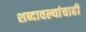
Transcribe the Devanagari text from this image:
शब्दावल्यांचाही